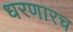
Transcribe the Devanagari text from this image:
धरणारच